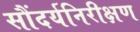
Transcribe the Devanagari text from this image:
सौंदर्यनिरीक्षण